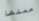
حملها